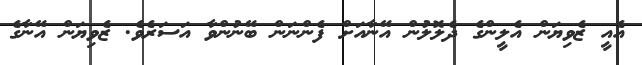
އެއީ ޒެވިޔަން އެލީންގެ ދެލޮލުން އޭނާއަށް ފެންނަން ބޭނުންވާ އަސަރެވެ. ޒެވިޔަން އޭނާގެ